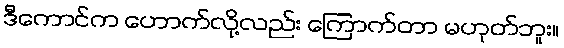
ဒီကောင်က ဟောက်လို့လည်း ကြောက်တာ မဟုတ်ဘူး။